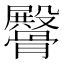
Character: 𩪡